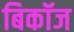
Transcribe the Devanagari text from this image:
बिकॉज